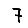
Digit: 7